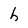
Character: h